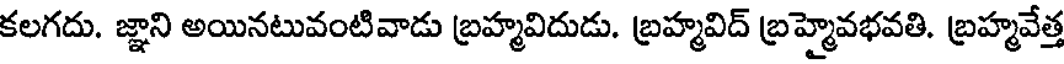
కలగదు. జ్ఞాని అయినటువంటివాడు బ్రహ్మవిదుడు. బ్రహ్మవిద్ బ్రహ్మైవభవతి. బ్రహ్మవేత్త